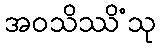
အဝသိဿိံသု